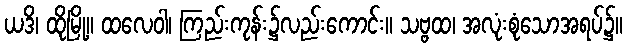
ယဒိ၊ ထိုမြို့။ ထလေဝါ၊ ကြည်းကုန်း၌လည်းကောင်း။ သဗ္ဗထ၊ အလုံးစုံသောအရပ်၌။